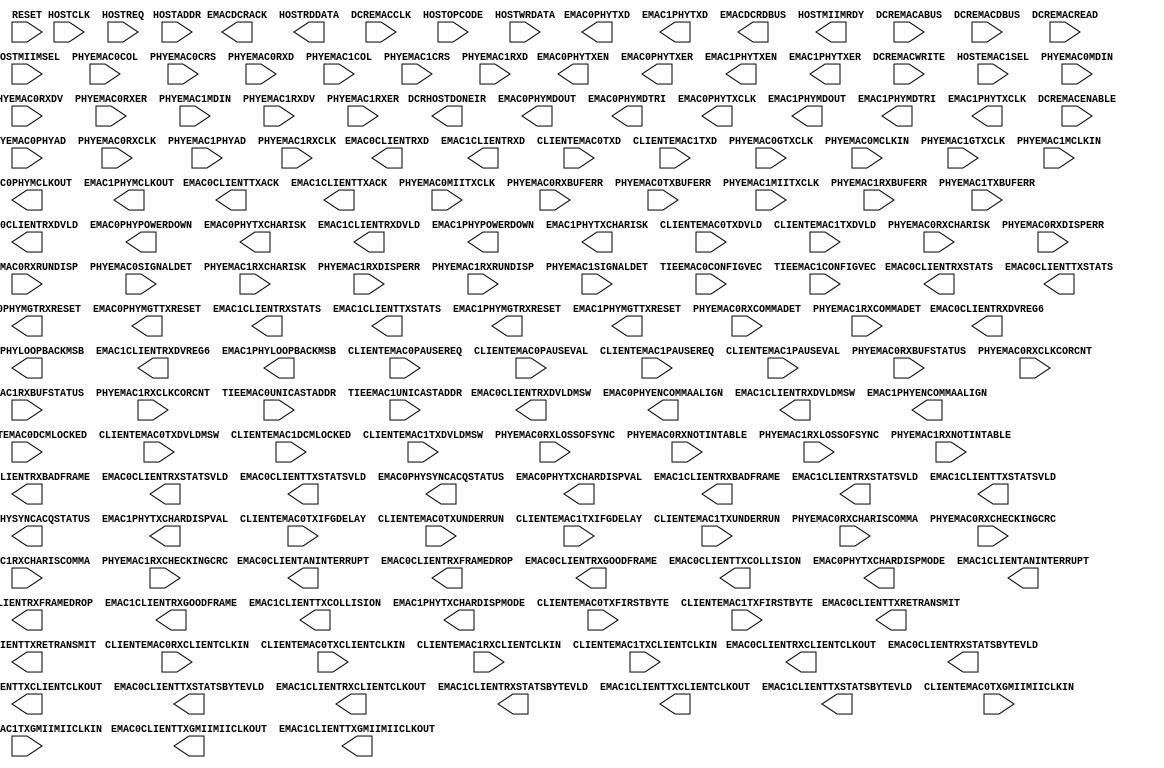
// $Header: /devl/xcs/repo/env/Databases/CAEInterfaces/verplex_libs/data/simprims/Attic/X_EMAC.v,v 1.1.2.1 2004/09/28 20:47:45 wloo Exp $

`timescale 1 ps / 1 ps 

module X_EMAC (
	DCRHOSTDONEIR,
	EMAC0CLIENTANINTERRUPT,
	EMAC0CLIENTRXBADFRAME,
	EMAC0CLIENTRXCLIENTCLKOUT,
	EMAC0CLIENTRXD,
	EMAC0CLIENTRXDVLD,
	EMAC0CLIENTRXDVLDMSW,
	EMAC0CLIENTRXDVREG6,
	EMAC0CLIENTRXFRAMEDROP,
	EMAC0CLIENTRXGOODFRAME,
	EMAC0CLIENTRXSTATS,
	EMAC0CLIENTRXSTATSBYTEVLD,
	EMAC0CLIENTRXSTATSVLD,
	EMAC0CLIENTTXACK,
	EMAC0CLIENTTXCLIENTCLKOUT,
	EMAC0CLIENTTXCOLLISION,
	EMAC0CLIENTTXGMIIMIICLKOUT,
	EMAC0CLIENTTXRETRANSMIT,
	EMAC0CLIENTTXSTATS,
	EMAC0CLIENTTXSTATSBYTEVLD,
	EMAC0CLIENTTXSTATSVLD,
	EMAC0PHYENCOMMAALIGN,
	EMAC0PHYLOOPBACKMSB,
	EMAC0PHYMCLKOUT,
	EMAC0PHYMDOUT,
	EMAC0PHYMDTRI,
	EMAC0PHYMGTRXRESET,
	EMAC0PHYMGTTXRESET,
	EMAC0PHYPOWERDOWN,
	EMAC0PHYSYNCACQSTATUS,
	EMAC0PHYTXCHARDISPMODE,
	EMAC0PHYTXCHARDISPVAL,
	EMAC0PHYTXCHARISK,
	EMAC0PHYTXCLK,
	EMAC0PHYTXD,
	EMAC0PHYTXEN,
	EMAC0PHYTXER,
	EMAC1CLIENTANINTERRUPT,
	EMAC1CLIENTRXBADFRAME,
	EMAC1CLIENTRXCLIENTCLKOUT,
	EMAC1CLIENTRXD,
	EMAC1CLIENTRXDVLD,
	EMAC1CLIENTRXDVLDMSW,
	EMAC1CLIENTRXDVREG6,
	EMAC1CLIENTRXFRAMEDROP,
	EMAC1CLIENTRXGOODFRAME,
	EMAC1CLIENTRXSTATS,
	EMAC1CLIENTRXSTATSBYTEVLD,
	EMAC1CLIENTRXSTATSVLD,
	EMAC1CLIENTTXACK,
	EMAC1CLIENTTXCLIENTCLKOUT,
	EMAC1CLIENTTXCOLLISION,
	EMAC1CLIENTTXGMIIMIICLKOUT,
	EMAC1CLIENTTXRETRANSMIT,
	EMAC1CLIENTTXSTATS,
	EMAC1CLIENTTXSTATSBYTEVLD,
	EMAC1CLIENTTXSTATSVLD,
	EMAC1PHYENCOMMAALIGN,
	EMAC1PHYLOOPBACKMSB,
	EMAC1PHYMCLKOUT,
	EMAC1PHYMDOUT,
	EMAC1PHYMDTRI,
	EMAC1PHYMGTRXRESET,
	EMAC1PHYMGTTXRESET,
	EMAC1PHYPOWERDOWN,
	EMAC1PHYSYNCACQSTATUS,
	EMAC1PHYTXCHARDISPMODE,
	EMAC1PHYTXCHARDISPVAL,
	EMAC1PHYTXCHARISK,
	EMAC1PHYTXCLK,
	EMAC1PHYTXD,
	EMAC1PHYTXEN,
	EMAC1PHYTXER,
	EMACDCRACK,
	EMACDCRDBUS,
	HOSTMIIMRDY,
	HOSTRDDATA,
	CLIENTEMAC0DCMLOCKED,
	CLIENTEMAC0PAUSEREQ,
	CLIENTEMAC0PAUSEVAL,
	CLIENTEMAC0RXCLIENTCLKIN,
	CLIENTEMAC0TXCLIENTCLKIN,
	CLIENTEMAC0TXD,
	CLIENTEMAC0TXDVLD,
	CLIENTEMAC0TXDVLDMSW,
	CLIENTEMAC0TXFIRSTBYTE,
	CLIENTEMAC0TXGMIIMIICLKIN,
	CLIENTEMAC0TXIFGDELAY,
	CLIENTEMAC0TXUNDERRUN,
	CLIENTEMAC1DCMLOCKED,
	CLIENTEMAC1PAUSEREQ,
	CLIENTEMAC1PAUSEVAL,
	CLIENTEMAC1RXCLIENTCLKIN,
	CLIENTEMAC1TXCLIENTCLKIN,
	CLIENTEMAC1TXD,
	CLIENTEMAC1TXDVLD,
	CLIENTEMAC1TXDVLDMSW,
	CLIENTEMAC1TXFIRSTBYTE,
	CLIENTEMAC1TXGMIIMIICLKIN,
	CLIENTEMAC1TXIFGDELAY,
	CLIENTEMAC1TXUNDERRUN,
	DCREMACABUS,
	DCREMACCLK,
	DCREMACDBUS,
	DCREMACENABLE,
	DCREMACREAD,
	DCREMACWRITE,
	HOSTADDR,
	HOSTCLK,
	HOSTEMAC1SEL,
	HOSTMIIMSEL,
	HOSTOPCODE,
	HOSTREQ,
	HOSTWRDATA,
	PHYEMAC0COL,
	PHYEMAC0CRS,
	PHYEMAC0GTXCLK,
	PHYEMAC0MCLKIN,
	PHYEMAC0MDIN,
	PHYEMAC0MIITXCLK,
	PHYEMAC0PHYAD,
	PHYEMAC0RXBUFERR,
	PHYEMAC0RXBUFSTATUS,
	PHYEMAC0RXCHARISCOMMA,
	PHYEMAC0RXCHARISK,
	PHYEMAC0RXCHECKINGCRC,
	PHYEMAC0RXCLK,
	PHYEMAC0RXCLKCORCNT,
	PHYEMAC0RXCOMMADET,
	PHYEMAC0RXD,
	PHYEMAC0RXDISPERR,
	PHYEMAC0RXDV,
	PHYEMAC0RXER,
	PHYEMAC0RXLOSSOFSYNC,
	PHYEMAC0RXNOTINTABLE,
	PHYEMAC0RXRUNDISP,
	PHYEMAC0SIGNALDET,
	PHYEMAC0TXBUFERR,
	PHYEMAC1COL,
	PHYEMAC1CRS,
	PHYEMAC1GTXCLK,
	PHYEMAC1MCLKIN,
	PHYEMAC1MDIN,
	PHYEMAC1MIITXCLK,
	PHYEMAC1PHYAD,
	PHYEMAC1RXBUFERR,
	PHYEMAC1RXBUFSTATUS,
	PHYEMAC1RXCHARISCOMMA,
	PHYEMAC1RXCHARISK,
	PHYEMAC1RXCHECKINGCRC,
	PHYEMAC1RXCLK,
	PHYEMAC1RXCLKCORCNT,
	PHYEMAC1RXCOMMADET,
	PHYEMAC1RXD,
	PHYEMAC1RXDISPERR,
	PHYEMAC1RXDV,
	PHYEMAC1RXER,
	PHYEMAC1RXLOSSOFSYNC,
	PHYEMAC1RXNOTINTABLE,
	PHYEMAC1RXRUNDISP,
	PHYEMAC1SIGNALDET,
	PHYEMAC1TXBUFERR,
	RESET,
	TIEEMAC0CONFIGVEC,
	TIEEMAC0UNICASTADDR,
	TIEEMAC1CONFIGVEC,
	TIEEMAC1UNICASTADDR
);

parameter EMAC0_MODE = "RGMII";
parameter EMAC1_MODE = "RGMII";
output DCRHOSTDONEIR;
output EMAC0CLIENTANINTERRUPT;
output EMAC0CLIENTRXBADFRAME;
output EMAC0CLIENTRXCLIENTCLKOUT;
output EMAC0CLIENTRXDVLD;
output EMAC0CLIENTRXDVLDMSW;
output EMAC0CLIENTRXDVREG6;
output EMAC0CLIENTRXFRAMEDROP;
output EMAC0CLIENTRXGOODFRAME;
output EMAC0CLIENTRXSTATSBYTEVLD;
output EMAC0CLIENTRXSTATSVLD;
output EMAC0CLIENTTXACK;
output EMAC0CLIENTTXCLIENTCLKOUT;
output EMAC0CLIENTTXCOLLISION;
output EMAC0CLIENTTXGMIIMIICLKOUT;
output EMAC0CLIENTTXRETRANSMIT;
output EMAC0CLIENTTXSTATS;
output EMAC0CLIENTTXSTATSBYTEVLD;
output EMAC0CLIENTTXSTATSVLD;
output EMAC0PHYENCOMMAALIGN;
output EMAC0PHYLOOPBACKMSB;
output EMAC0PHYMCLKOUT;
output EMAC0PHYMDOUT;
output EMAC0PHYMDTRI;
output EMAC0PHYMGTRXRESET;
output EMAC0PHYMGTTXRESET;
output EMAC0PHYPOWERDOWN;
output EMAC0PHYSYNCACQSTATUS;
output EMAC0PHYTXCHARDISPMODE;
output EMAC0PHYTXCHARDISPVAL;
output EMAC0PHYTXCHARISK;
output EMAC0PHYTXCLK;
output EMAC0PHYTXEN;
output EMAC0PHYTXER;
output EMAC1CLIENTANINTERRUPT;
output EMAC1CLIENTRXBADFRAME;
output EMAC1CLIENTRXCLIENTCLKOUT;
output EMAC1CLIENTRXDVLD;
output EMAC1CLIENTRXDVLDMSW;
output EMAC1CLIENTRXDVREG6;
output EMAC1CLIENTRXFRAMEDROP;
output EMAC1CLIENTRXGOODFRAME;
output EMAC1CLIENTRXSTATSBYTEVLD;
output EMAC1CLIENTRXSTATSVLD;
output EMAC1CLIENTTXACK;
output EMAC1CLIENTTXCLIENTCLKOUT;
output EMAC1CLIENTTXCOLLISION;
output EMAC1CLIENTTXGMIIMIICLKOUT;
output EMAC1CLIENTTXRETRANSMIT;
output EMAC1CLIENTTXSTATS;
output EMAC1CLIENTTXSTATSBYTEVLD;
output EMAC1CLIENTTXSTATSVLD;
output EMAC1PHYENCOMMAALIGN;
output EMAC1PHYLOOPBACKMSB;
output EMAC1PHYMCLKOUT;
output EMAC1PHYMDOUT;
output EMAC1PHYMDTRI;
output EMAC1PHYMGTRXRESET;
output EMAC1PHYMGTTXRESET;
output EMAC1PHYPOWERDOWN;
output EMAC1PHYSYNCACQSTATUS;
output EMAC1PHYTXCHARDISPMODE;
output EMAC1PHYTXCHARDISPVAL;
output EMAC1PHYTXCHARISK;
output EMAC1PHYTXCLK;
output EMAC1PHYTXEN;
output EMAC1PHYTXER;
output EMACDCRACK;
output HOSTMIIMRDY;
output [0:31] EMACDCRDBUS;
output [15:0] EMAC0CLIENTRXD;
output [15:0] EMAC1CLIENTRXD;
output [31:0] HOSTRDDATA;
output [6:0] EMAC0CLIENTRXSTATS;
output [6:0] EMAC1CLIENTRXSTATS;
output [7:0] EMAC0PHYTXD;
output [7:0] EMAC1PHYTXD;
input CLIENTEMAC0DCMLOCKED;
input CLIENTEMAC0PAUSEREQ;
input CLIENTEMAC0RXCLIENTCLKIN;
input CLIENTEMAC0TXCLIENTCLKIN;
input CLIENTEMAC0TXDVLD;
input CLIENTEMAC0TXDVLDMSW;
input CLIENTEMAC0TXFIRSTBYTE;
input CLIENTEMAC0TXGMIIMIICLKIN;
input CLIENTEMAC0TXUNDERRUN;
input CLIENTEMAC1DCMLOCKED;
input CLIENTEMAC1PAUSEREQ;
input CLIENTEMAC1RXCLIENTCLKIN;
input CLIENTEMAC1TXCLIENTCLKIN;
input CLIENTEMAC1TXDVLD;
input CLIENTEMAC1TXDVLDMSW;
input CLIENTEMAC1TXFIRSTBYTE;
input CLIENTEMAC1TXGMIIMIICLKIN;
input CLIENTEMAC1TXUNDERRUN;
input DCREMACCLK;
input DCREMACENABLE;
input DCREMACREAD;
input DCREMACWRITE;
input HOSTCLK;
input HOSTEMAC1SEL;
input HOSTMIIMSEL;
input HOSTREQ;
input PHYEMAC0COL;
input PHYEMAC0CRS;
input PHYEMAC0GTXCLK;
input PHYEMAC0MCLKIN;
input PHYEMAC0MDIN;
input PHYEMAC0MIITXCLK;
input PHYEMAC0RXBUFERR;
input PHYEMAC0RXCHARISCOMMA;
input PHYEMAC0RXCHARISK;
input PHYEMAC0RXCHECKINGCRC;
input PHYEMAC0RXCLK;
input PHYEMAC0RXCOMMADET;
input PHYEMAC0RXDISPERR;
input PHYEMAC0RXDV;
input PHYEMAC0RXER;
input PHYEMAC0RXNOTINTABLE;
input PHYEMAC0RXRUNDISP;
input PHYEMAC0SIGNALDET;
input PHYEMAC0TXBUFERR;
input PHYEMAC1COL;
input PHYEMAC1CRS;
input PHYEMAC1GTXCLK;
input PHYEMAC1MCLKIN;
input PHYEMAC1MDIN;
input PHYEMAC1MIITXCLK;
input PHYEMAC1RXBUFERR;
input PHYEMAC1RXCHARISCOMMA;
input PHYEMAC1RXCHARISK;
input PHYEMAC1RXCHECKINGCRC;
input PHYEMAC1RXCLK;
input PHYEMAC1RXCOMMADET;
input PHYEMAC1RXDISPERR;
input PHYEMAC1RXDV;
input PHYEMAC1RXER;
input PHYEMAC1RXNOTINTABLE;
input PHYEMAC1RXRUNDISP;
input PHYEMAC1SIGNALDET;
input PHYEMAC1TXBUFERR;
input RESET;
input [0:31] DCREMACDBUS;
input [15:0] CLIENTEMAC0PAUSEVAL;
input [15:0] CLIENTEMAC0TXD;
input [15:0] CLIENTEMAC1PAUSEVAL;
input [15:0] CLIENTEMAC1TXD;
input [1:0] HOSTOPCODE;
input [1:0] PHYEMAC0RXBUFSTATUS;
input [1:0] PHYEMAC0RXLOSSOFSYNC;
input [1:0] PHYEMAC1RXBUFSTATUS;
input [1:0] PHYEMAC1RXLOSSOFSYNC;
input [2:0] PHYEMAC0RXCLKCORCNT;
input [2:0] PHYEMAC1RXCLKCORCNT;
input [31:0] HOSTWRDATA;
input [47:0] TIEEMAC0UNICASTADDR;
input [47:0] TIEEMAC1UNICASTADDR;
input [4:0] PHYEMAC0PHYAD;
input [4:0] PHYEMAC1PHYAD;
input [79:0] TIEEMAC0CONFIGVEC;
input [79:0] TIEEMAC1CONFIGVEC;
input [7:0] CLIENTEMAC0TXIFGDELAY;
input [7:0] CLIENTEMAC1TXIFGDELAY;
input [7:0] PHYEMAC0RXD;
input [7:0] PHYEMAC1RXD;
input [8:9] DCREMACABUS;
input [9:0] HOSTADDR;

endmodule